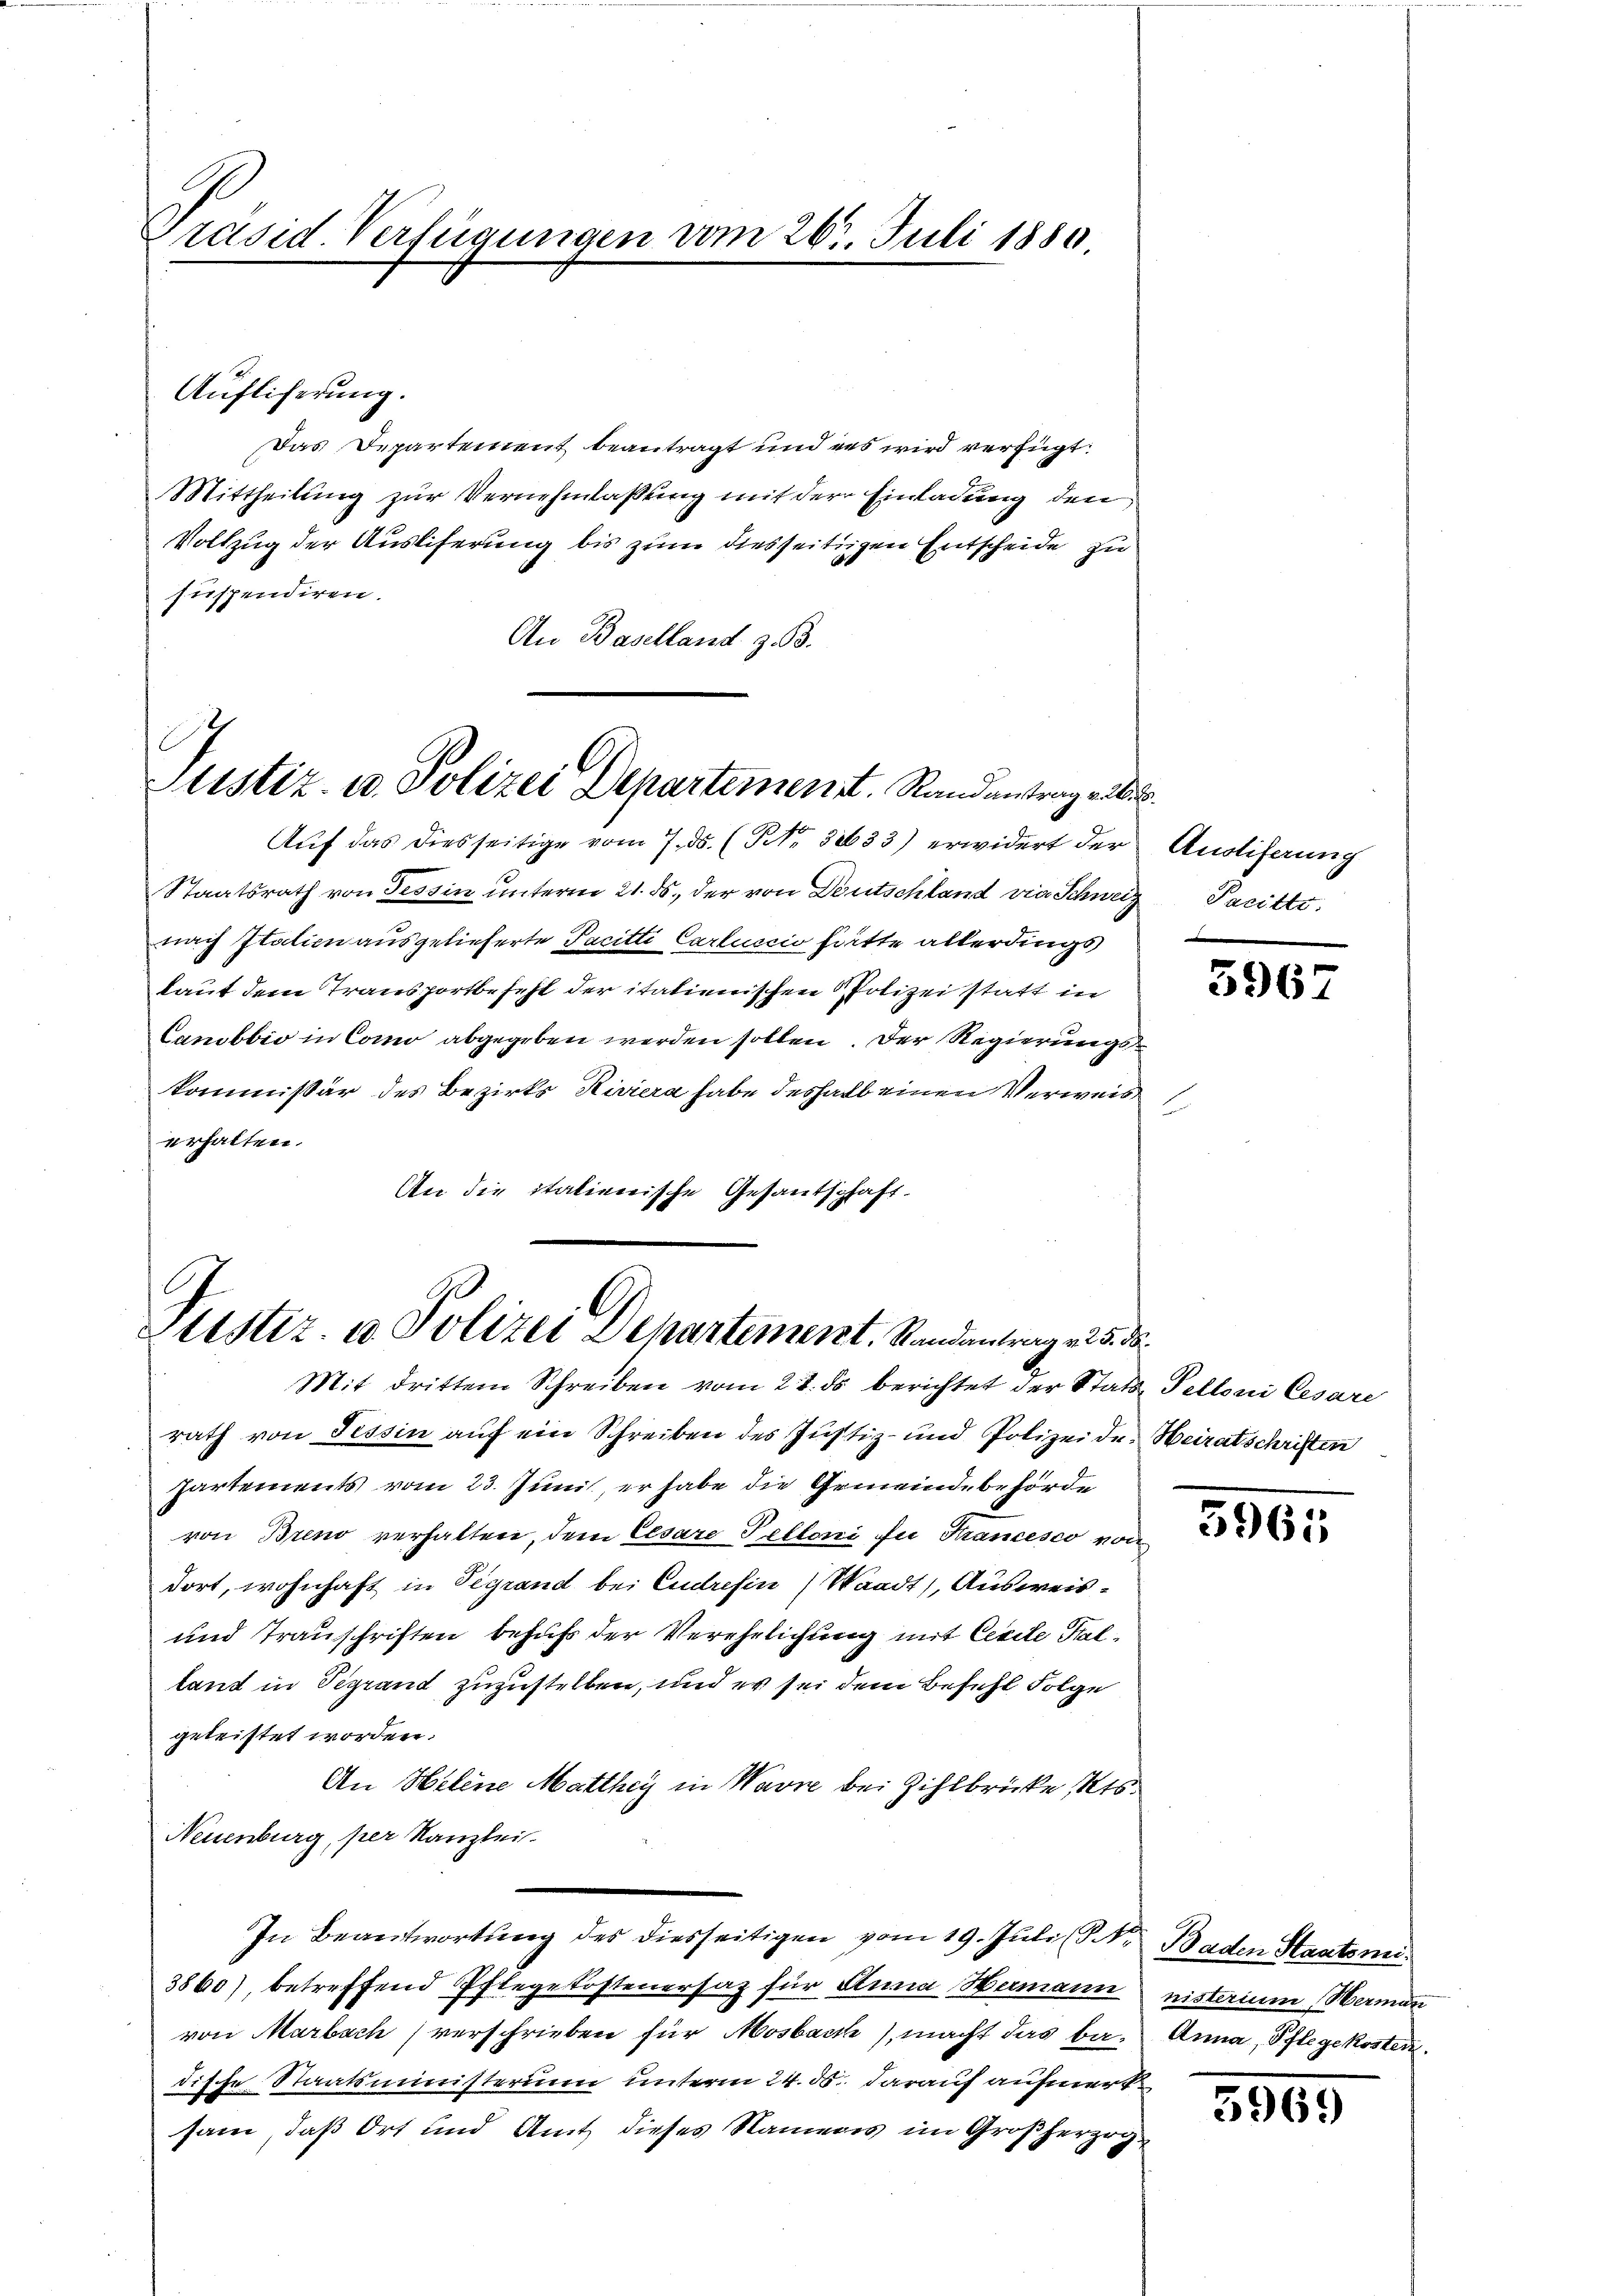
Präsid Verfügungen vom 263. Juli 1880

Auflicherung.
Das Departement beantragt und es wird verfügt:
Mittheilung zur Vernehmlassung mit der Einladung den
Vollzug der Ausliferung bis zum diesseitigen Entscheide zu
suspendiren.
An Baselland z. B.
Auf das diesseitige vom 7. ds. (NNo. 31633) erwidert der Anstiferung
Staatsrath von Tessin unterm 21. ds., der von Deutschland vie Schweiz Pacitti.
nach Italien ausgelieferte Facitti Carlscio hätte allerdings
laut dem Transportbefehl der italienischen Polizei statt in
Canobbio in Como abgegeben werden sollen. Der Regierungskommissär des Bezirks Riviera habe deshalb einen Verweis
erhalten.
An die italienische Gesandschaft.

Sistiz- u. Polizei Departement. Randantrag erb

Justiz- u. Polizei Departement. Randantrag v. 25. d.

Mit drittem Schreiben vom 22. ds berichtet der Statt, Pelloni Cesare

rath von Tessin auf ein Schreiben des Justiz- und Polizeide Heiratschriften
partements vom 23. Juni, er habe die Gemeindebehörde
von Breno verhalten, dem Cesare Telloni fu Francesco von
dort, wohnhaft in Vegrand bei Endresin (Waadt, Ausweis¬
und Trauschriften behufs der Verehelichung mit Cisite Salland in Sigrand zuzustellen, und es sei dem Befehl Folge
geleistet worden.
An Helene Matthey in Warne bei Zihlbrücke Kts.
Neuenburg, per Kanzlei.
In Beantwortung des diesseitigen vom 19. Juli (S. Baden Staatsmi
3860), betreffend Pflegekostenersatz für Stana Wemann nisterium Wermann
von Marbach verschrieben für Mosbach), macht das be- Anna, Pflegekosten.
dische Staatsministerium unterm 24. ds. darauf aufmerksam, daß Ort und Amt dieses Namens im Großherzog¬

5967

5965

3969